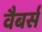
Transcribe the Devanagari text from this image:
वैबर्स